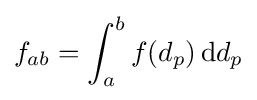
f_{ab}=\int _{a}^{b}f(d_{p})\,\mathrm {d} d_{p}